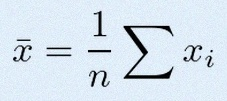
\bar{x}=\frac1n\sum x_i